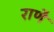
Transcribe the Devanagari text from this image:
राणै